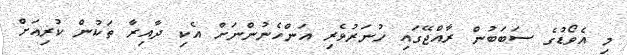
މި އެވޯޑުގެ ސަބަބުން ރާއްޖޭގައި ހުނަރުވެރި އަންހެނުންނަށް އެކި ދާއިރާ ތަކުން ކުރިއަށް